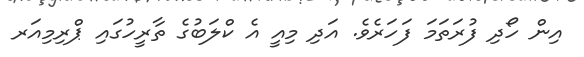
އިން ހޯދި ފުރަތަމަ ފަހަރެވެ. އަދި މިއީ އެ ކްލަބުގެ ތާރީހުގައި ޕްރިމިއަރ